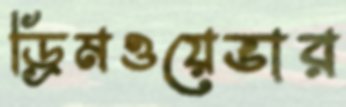
ড্রিমওয়েভার